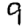
Digit: 9